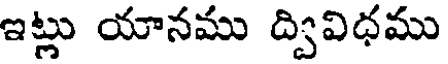
ఇట్లు యానము ద్వివిధము